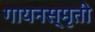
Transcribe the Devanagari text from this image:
गायनस्मृती